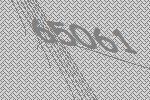
65061